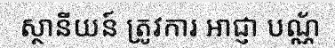
ស្ថានីយន៍ ត្រូវការ អាជ្ញា បណ្ណ័